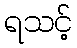
ရသင့်